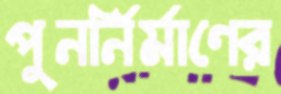
পুনর্নির্মাণের